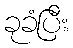
ခုခံပြီး